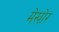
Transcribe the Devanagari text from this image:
मेखोर